Scottish Leaving Certificate Examination, 1957
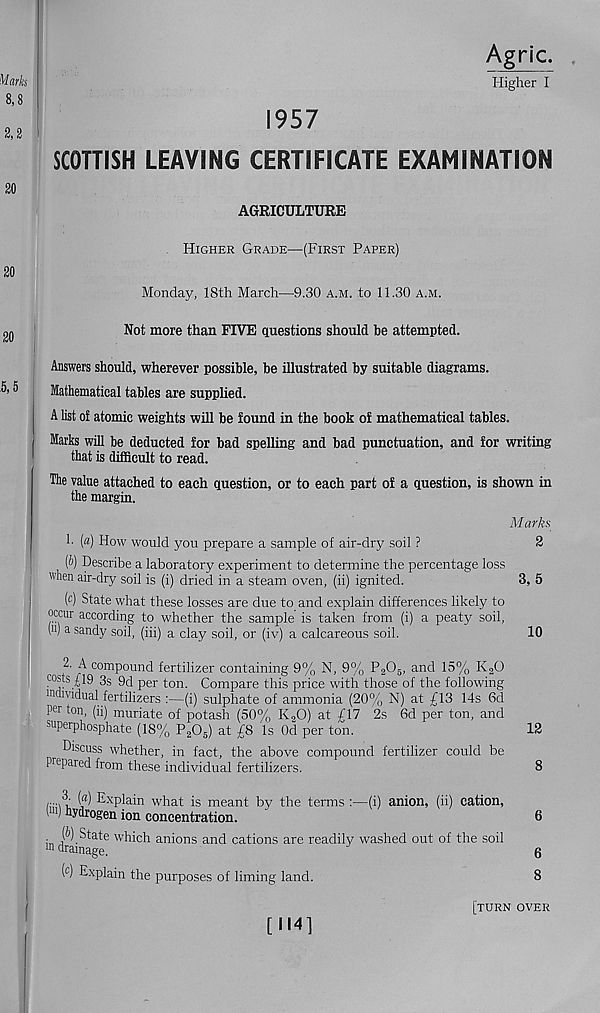
Higher I
1957
SCOTTISH LEAVING CERTIFICATE EXAMINATION
AGRICULTURE
Higher Grade—(First Paper)
Monday, 18th March—9.30 a.m. to 11.30 a.m.
Not more than FIVE questions should be attempted.
Answers should, wherever possible, be illustrated by suitable diagrams.
Mathematical tables are supplied.
A list of atomic weights will be found in the book of mathematical tables.
Marks will be deducted for bad spelling and bad punctuation, and for writing
that is difficult to read.
The value attached to each question, or to each part of a question, is shown in
the margin.
Marks
1. (a) How would you prepare a sample of air-dry soil ?
2
{b) Describe a laboratory experiment to determine the percentage loss
"'hen air-dry soil is (i) dried in a steam oven, (ii) ignited.
3, 5
(c) State what these losses are due to and explain differences likely to
occur according to whether the sample is taken from (i) a peaty soil,
i 11 ) a sandy soil, (iii) a clay soil, or (iv) a calcareous soil.
10
2- A compound fertilizer containing 9% N, 9% P 3 0 5 , and 15% K a O
posts £19 3 S 9 c i p er t on . Compare this price with those of the following
individual fertilizers :—(i) sulphate of ammonia (20% N) at £13 14s 6d
per ton, (ii) muriate of potash (50% K a O) at £17 2s 6d per ton, and
superphosphate (18% P 2 0 6 ) at £8 Is Od per ton.
12
Discuss whether, in fact, the above compound fertilizer could be
prepared from these individual fertilizers.
8
the terms :—(i) anion, (ii) cation,
6
■ W State which anions and cations are readily washed out of the soil
In drainage.
6
( c ) ^plain the purposes of liming land.
8
[turn over
Explain what is meant by
I 11 ') hydrogen ion concentration.
[M4]